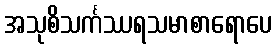
အသုစိသင်္ကဿရသမာစာရောပေ